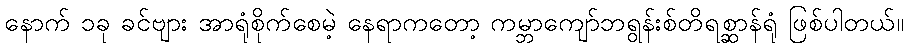
နောက် ၁ခု ခင်ဗျား အာရုံစိုက်စေမဲ့ နေရာကတော့ ကမ္ဘာကျော်ဘရွန်းစ်တိရစ္ဆာန်ရုံ ဖြစ်ပါတယ်။